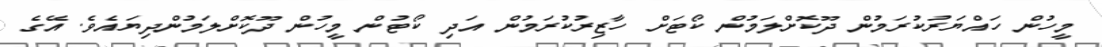
މީހުން ހައްޔަރުކުރަމުން ދޫކޮށްލަމުން ކޯޓަށް ހާޒިރުކުރަމުން އަދި ކޯޓުން މީހުން ދޫކޮށްލަމުންދިޔައެވެ. އޭގެ